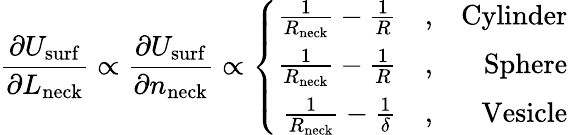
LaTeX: \frac{\partial U_{\mathrm{surf}}}{\partial L_{\mathrm{neck}}}\propto\frac{\partial U_{\mathrm{surf}}}{\partial n_{\mathrm{neck}}}\propto\left\{ \begin{array}{rlr}{\frac{1}{R_{\mathrm{neck}}}-\frac{1}{R}}&{,}&{\mathrm{Cylinder}}\\ {\frac{1}{R_{\mathrm{neck}}}-\frac{1}{R}}&{,}&{\mathrm{Sphere}}\\ {\frac{1}{R_{\mathrm{neck}}}-\frac{1}{\delta}}&{,}&{\mathrm{Vesicle}}\end{array}\right.